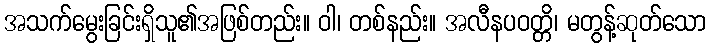
အသက်မွေးခြင်းရှိသူ၏အဖြစ်တည်း။ ဝါ၊ တစ်နည်း။ အလီနပဝတ္တိ၊ မတွန့်ဆုတ်သော